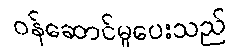
ဝန်ဆောင်မှုပေးသည်